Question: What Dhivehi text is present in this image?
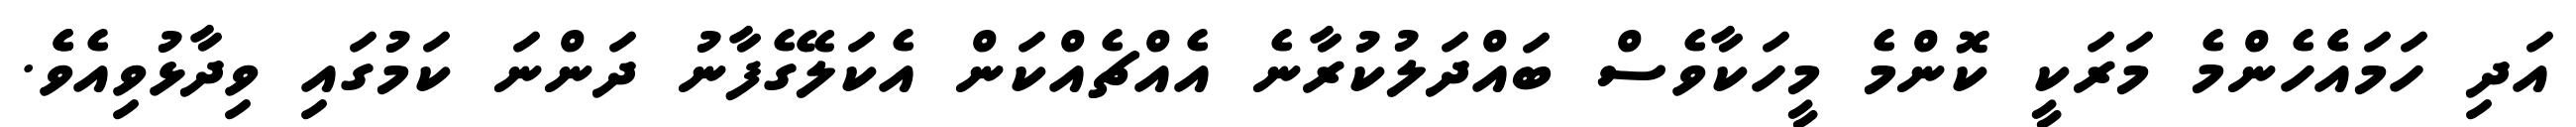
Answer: އަދި ހަމައެެހެންމެ މަރަކީ ކޮންމެ މީހަކާވެސް ބައްދަލުކުރާނެ އެއްޗެއްކަން އެކަލޭގެފާނު ދަންނަ ކަމުގައި ވިދާޅުވިއެވެެ.